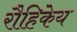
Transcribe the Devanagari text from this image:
रौहिकेय